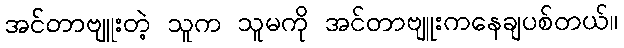
အင်တာဗျူးတဲ့ သူက သူမကို အင်တာဗျူးကနေချပစ်တယ်။